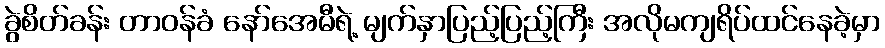
ခွဲစိတ်ခန်း တာဝန်ခံ နော်အေမီရဲ့ မျက်နှာပြည့်ပြည့်ကြီး အလိုမကျရိပ်ထင်နေခဲ့မှာ